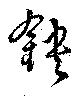
鉠